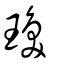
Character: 瑍